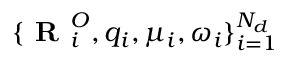
\{ \textbf { R } _ { i } ^ { O } , q _ { i } , \mu _ { i } , \omega _ { i } \} _ { i = 1 } ^ { N _ { d } }